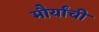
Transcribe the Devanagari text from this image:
मौर्यांची